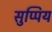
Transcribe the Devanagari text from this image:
सुप्पिय